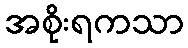
အစိုးရကသာ